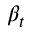
\beta _ { t }